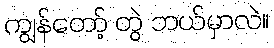
ကျွန်တော့် တွဲ ဘယ်မှာလဲ။